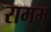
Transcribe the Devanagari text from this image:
रामम्